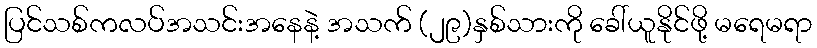
ပြင်သစ်ကလပ်အသင်းအနေနဲ့ အသက် (၂၉)နှစ်သားကို ခေါ်ယူနိုင်ဖို့ မရေမရာ